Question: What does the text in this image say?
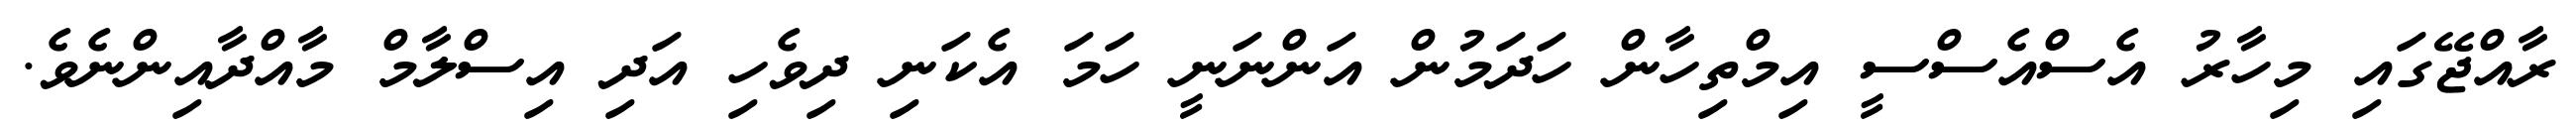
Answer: ރާއްޖޭގައި މިހާރު އެސްއެސްސީ އިމްތިހާން ހަދަމުން އަންނަނީ ހަމަ އެކަނި ދިވެހި އަދި އިސްލާމް މާއްދާއިންނެވެ.